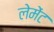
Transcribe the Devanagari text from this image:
लेमेंट